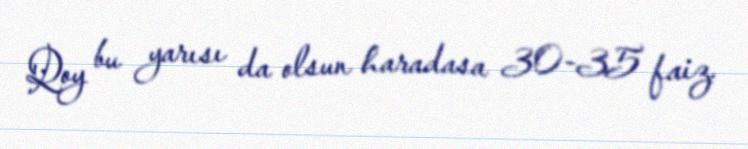
Qoy bu yarısı da olsun haradasa 30-35 faiz.